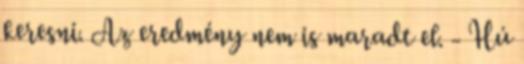
keresni. Az eredmény nem is maradt el. - Hú